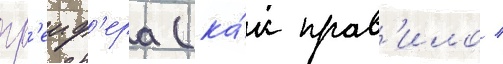
гр'еиф'ера (ка́к прав'ило /